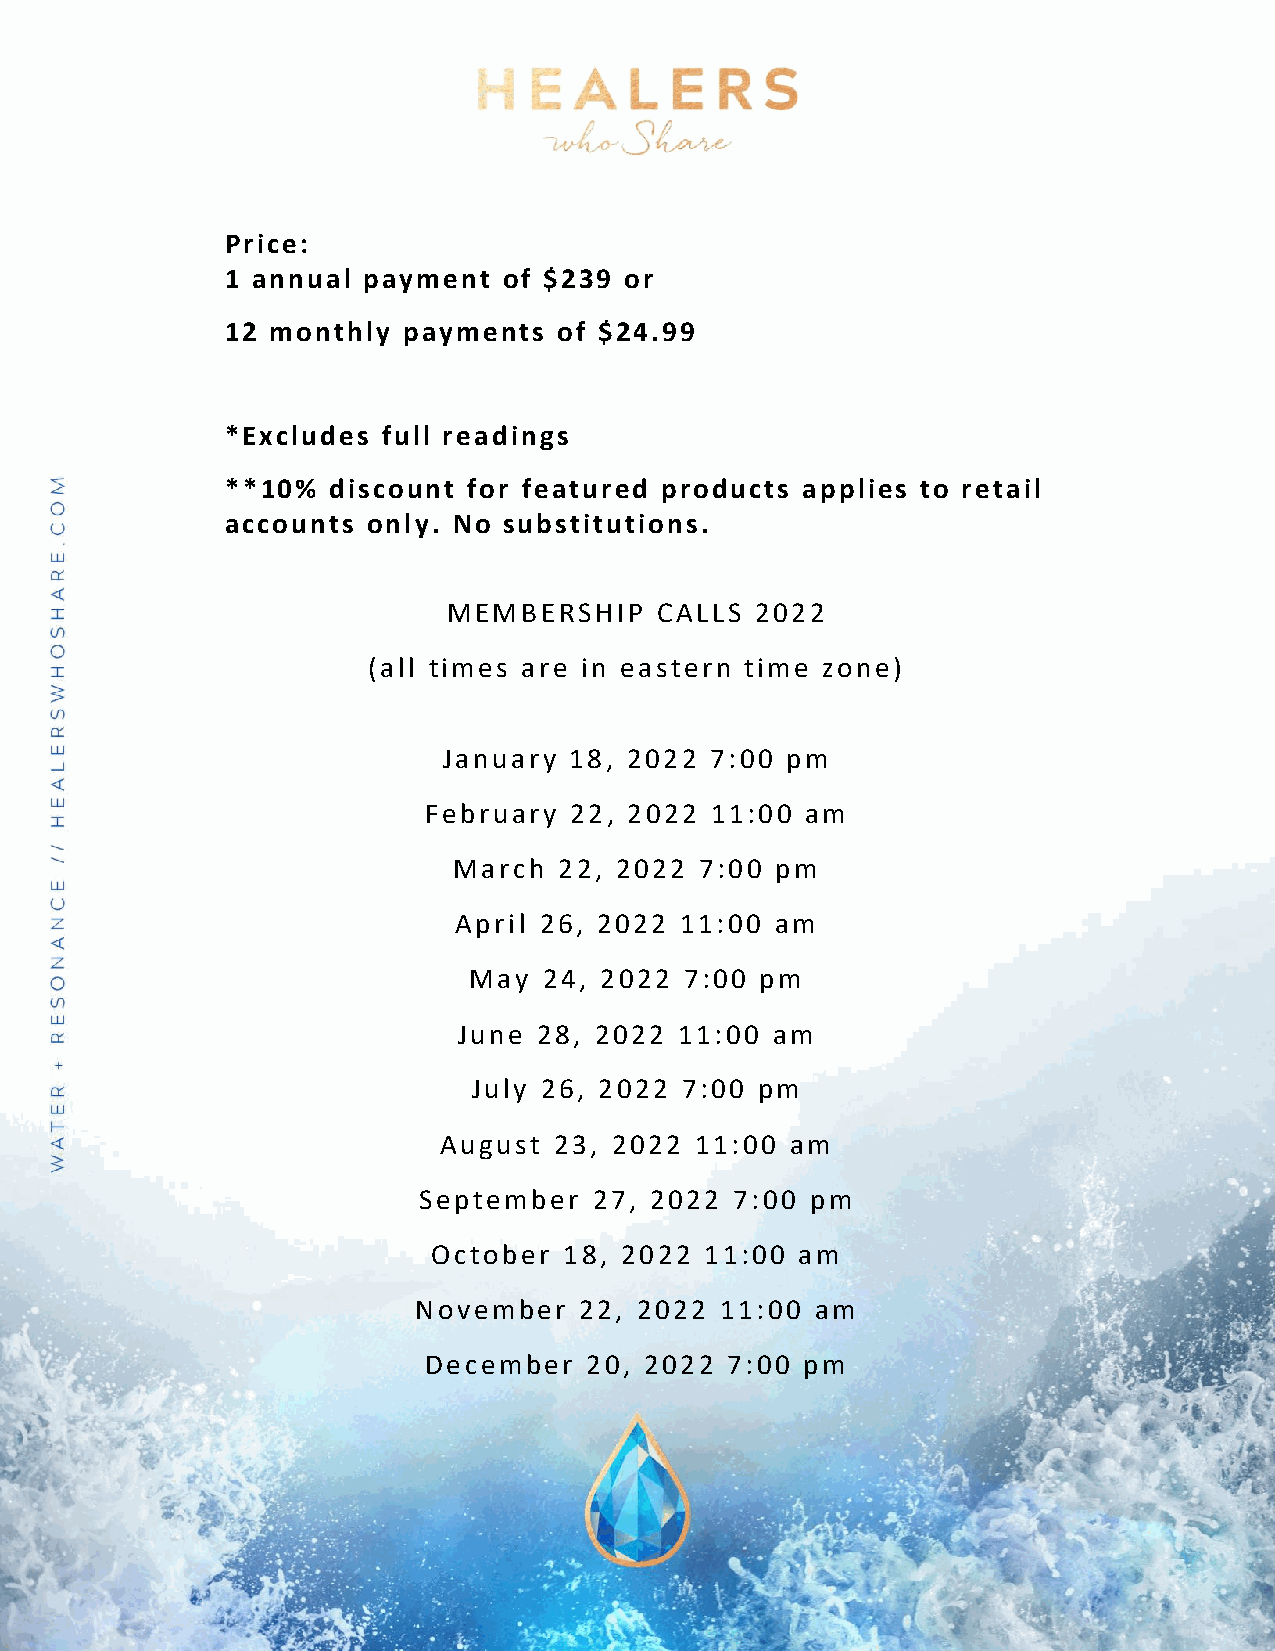
Price:
 1 annual payment  of $239 or
 12 monthly  payments  of $24.99
 *Excludes full readings
 **10%  discount for featured products applies to retail
 accounts only. No substitutions.
 MEMBERSHIP   CALLS  2022
 (all times are in eastern time zone)
 January  18, 2022 7:00 pm
 February  22, 2022 11:00 am
 March  22, 2022 7:00 pm
 April 26, 2022 11:00 am
 May  24, 2022 7:00 pm
 June  28, 2022 11:00 am
 July 26, 2022 7:00 pm
 August  23, 2022 11:00 am
 September  27, 2022  7:00 pm
 October 18, 2022  11:00 am
 November   22, 2022  11:00 am
 December   20, 2022 7:00 pm